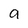
Character: a